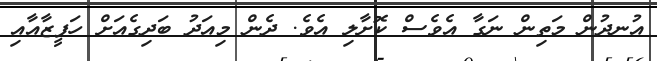
އުނދުން މަތިން ނަގާ އެވެސް ކޮށާލި އެވެ. ދެން މިއަދު ބަދިގެއަށް ހަފީޒާއާއި